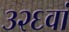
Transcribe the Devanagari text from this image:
३२६वां